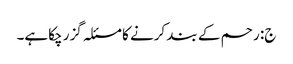
ج: رحم کے بند کرنے کا مسئلہ گزر چکاہے۔